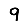
Digit: 9